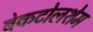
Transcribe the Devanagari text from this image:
बेकटोलशेम